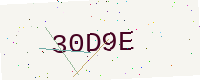
Text: 30D9E